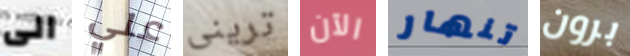
الى علي ترينى الآن تنهار برون